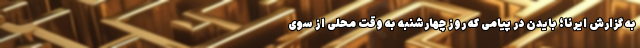
به گزارش ایرنا؛ بایدن در پیامی که روز چهارشنبه به وقت محلی از سوی